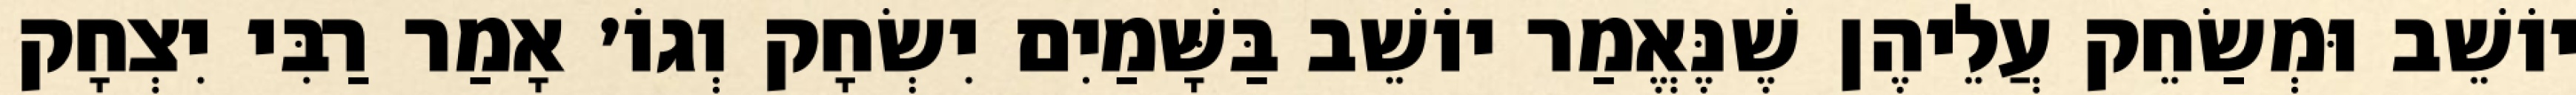
יוֹשֵׁב וּמְשַׂחֵק עֲלֵיהֶן שֶׁנֶּאֱמַר יוֹשֵׁב בַּשָּׁמַיִם יִשְׂחָק וְגוֹ׳ אָמַר רַבִּי יִצְחָק